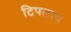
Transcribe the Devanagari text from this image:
टिपलाय